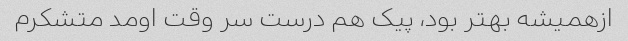
ازهمیشه بهتر بود، پیک هم درست سر وقت اومد متشکرم